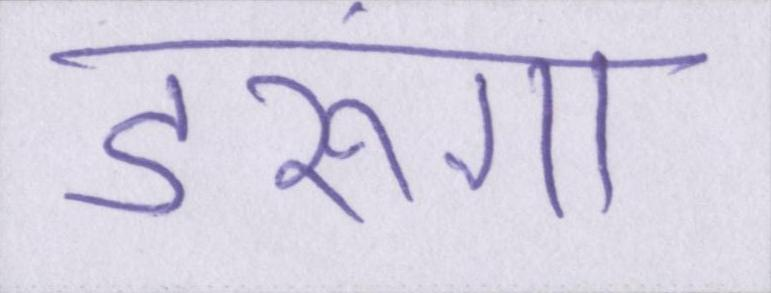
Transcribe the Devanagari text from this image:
डरूंगा